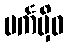
ပင်္ကမှိဝ